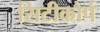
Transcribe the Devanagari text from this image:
सिटीकोर्प